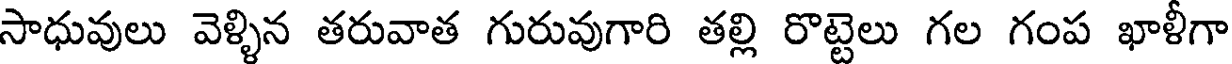
సాధువులు వెళ్ళిన తరువాత గురువుగారి తల్లి రొట్టెలు గల గంప ఖాళీగా